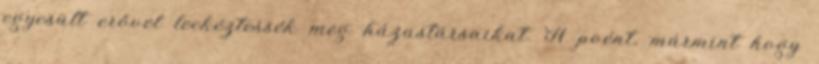
egyesült erővel leckéztessék meg házastársaikat. A poént, mármint hogy